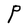
Character: P